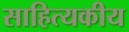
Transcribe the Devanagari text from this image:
साहित्यकीय